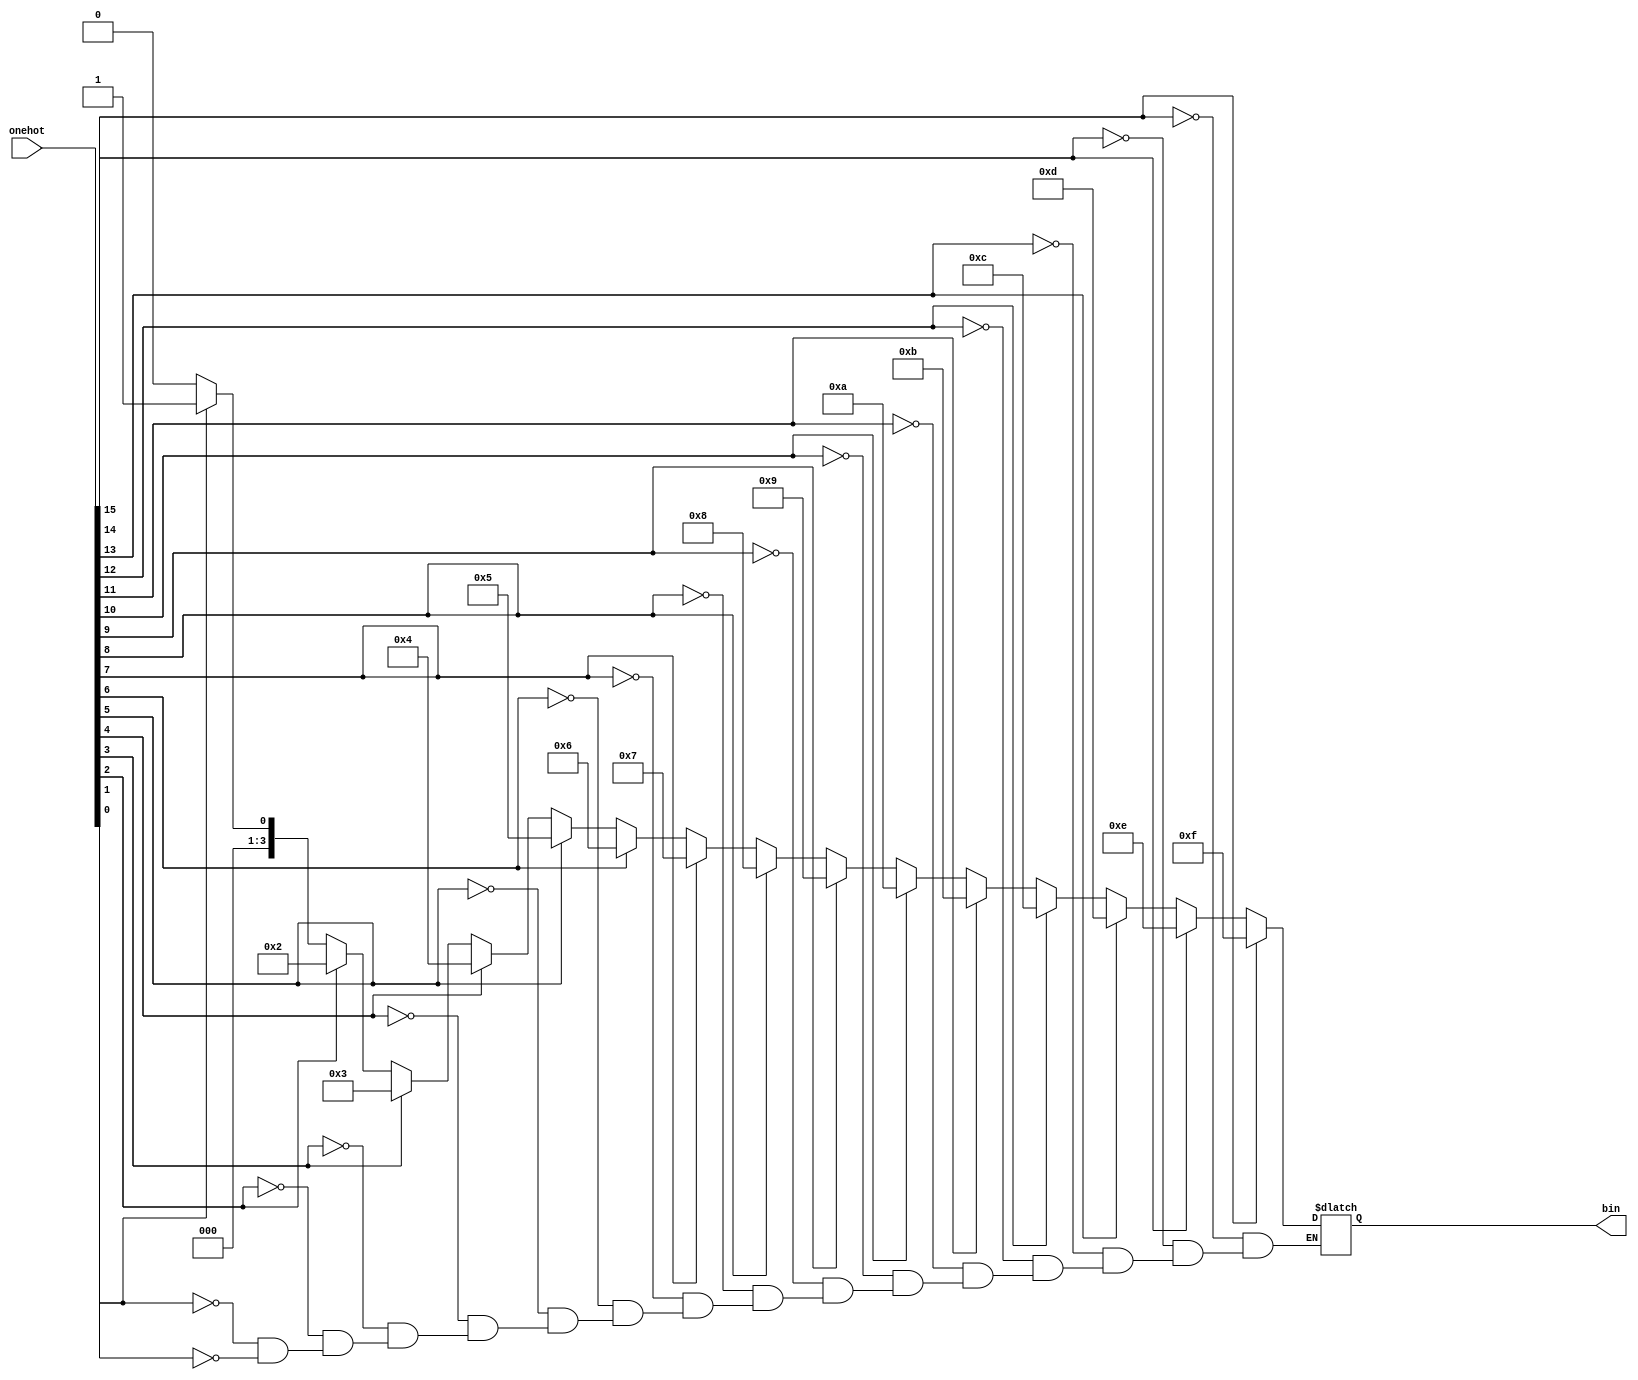
`timescale 1ns/1ns

module onehot_to_bin(
    onehot,
    bin
    );

input [15:0] onehot;
output reg [3:0] bin;

integer i;

always @(onehot) begin
    if(onehot[0] == 1) 
        bin = 4'b0000;
    for(i = 1; i < 16; i = i + 1) begin
        if(onehot[i] == 1) 
            bin = i;
    end
end

endmodule